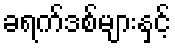
ခရက်ဒစ်များနှင့်